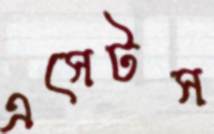
এসেটস